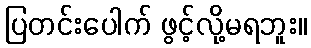
ပြတင်းပေါက် ဖွင့်လို့မရဘူး။